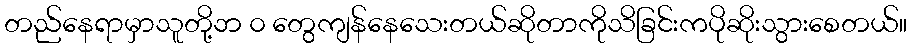
တည်နေရာမှာသူတို့ဘ ၀ တွေကျန်နေသေးတယ်ဆိုတာကိုသိခြင်းကပိုဆိုးသွားစေတယ်။